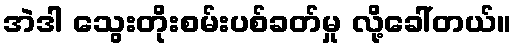
အဲဒါ သွေးတိုးစမ်းပစ်ခတ်မှု လို့ခေါ်တယ်။